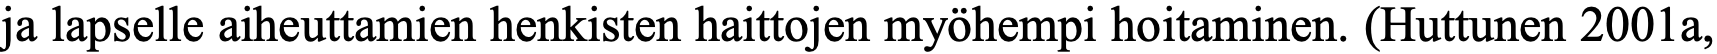
ja lapselle aiheuttamien henkisten haittojen myöhempi hoitaminen. (Huttunen 2001a,